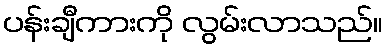
ပန်းချီကားကို လွမ်းလာသည်။